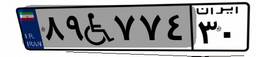
۸۷W۲۲۵۲۷